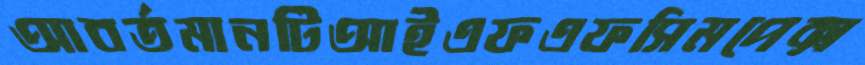
আবর্তমানটিআইএফএফসিমপেক্স